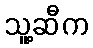
သူ့ဆီက